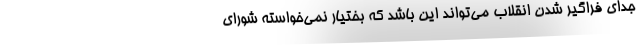
جدای فراگیر شدن انقلاب می‌تواند این باشد که بختیار نمی‌خواسته شورای